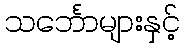
သင်္ဘောများနှင့်